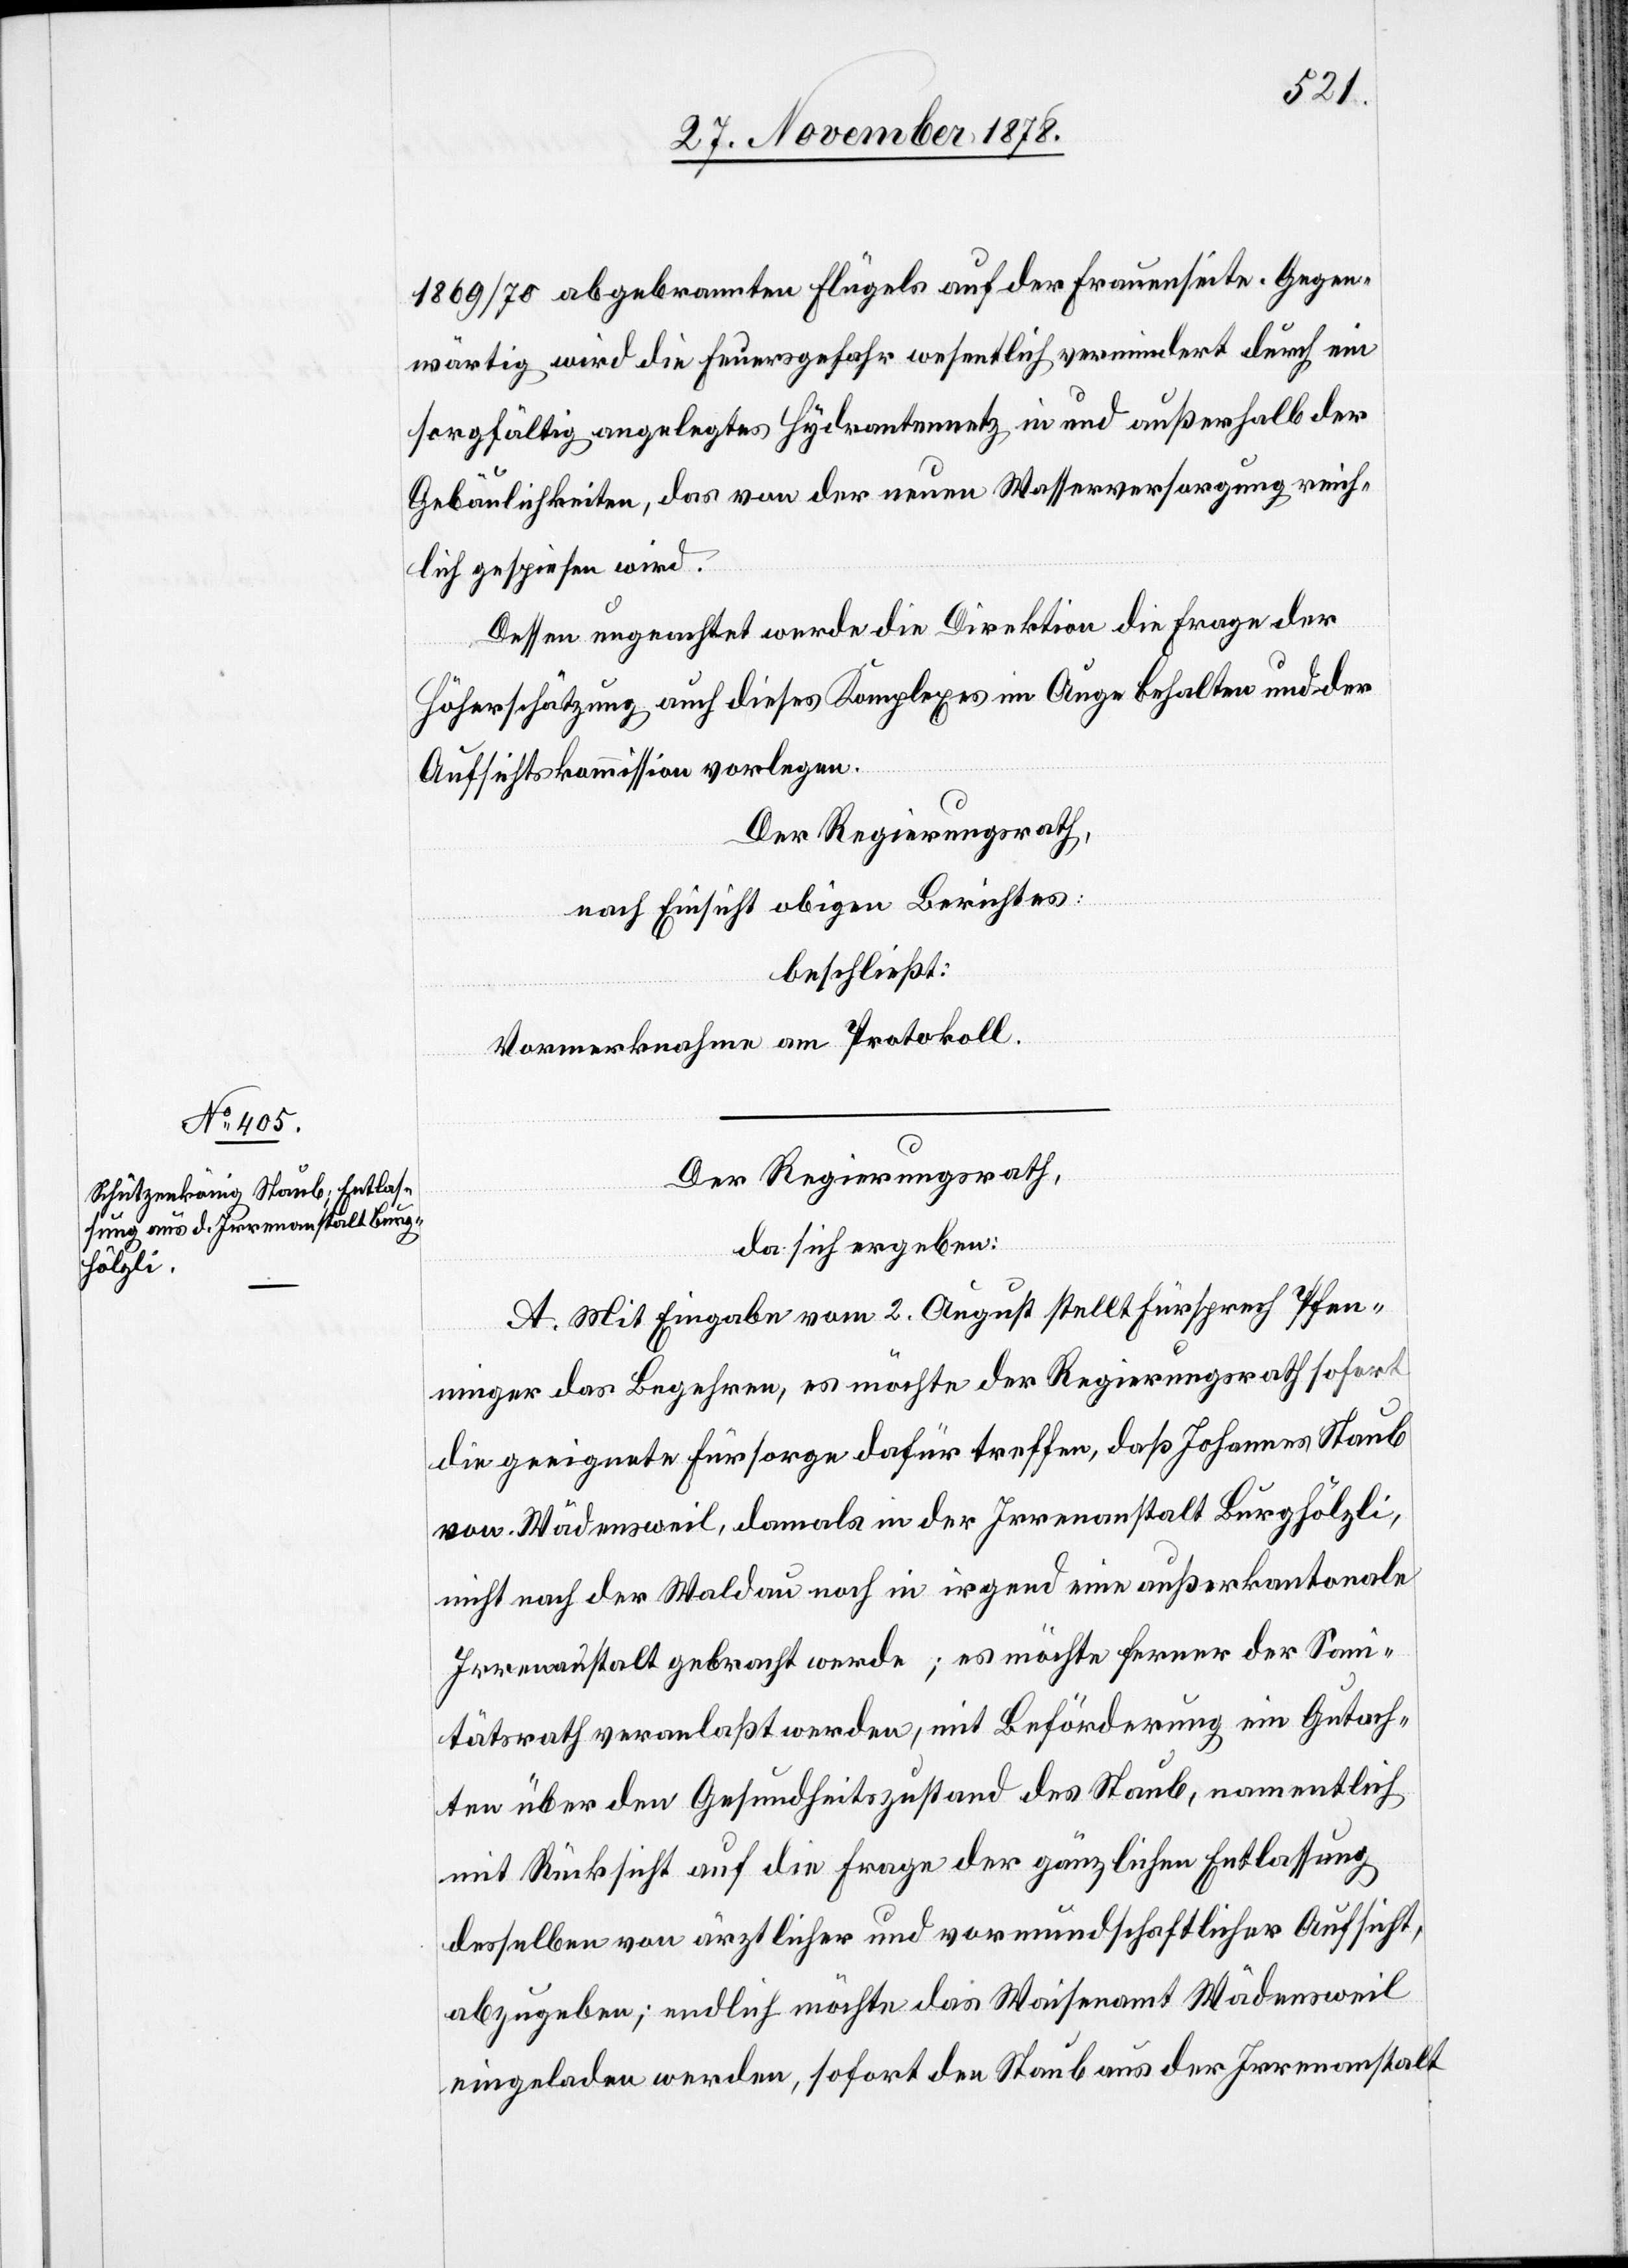
1869/70 abgebrannten Flügels auf der Frauenseite. Gegen¬
wärtig wird die Feuersgefahr wesentlich vermindert durch ein
sorgfältig angelegtes Hydrantennetz in und außerhalb der
Gebäulichkeiten, das von der neuen Wasserversorgung reich¬
lich gespiesen wird.
Dessen ungeachtet werde die Direktion die Frage der
Höherschätzung auch dieses Komplexes im Auge behalten und der
Aufsichtskommission vorlegen.
Der Regierungsrath,
nach Einsicht obigen Berichtes:
beschließt:
Vormerknahme am Protokoll.
Der Regierungsrath,
da sich ergeben:
A. Mit Eingabe vom 2. August stellt Fürsprech Pfen¬
ninger das Begehren, es möchte der Regierungsrath sofort
die geeignete Fürsorge dafür treffen, daß Johannes Staub
von Wädensweil, damals in der Irrenanstalt Burghölzli,
nicht nach der Waldau noch in irgend eine außerkantonale
Irrenanstalt gebracht werde; es möchte ferner der San¬
itätsrath veranlaßt werden, mit Beförderung ein Gutach¬
ten über den Gesundheitszustand des Staub, namentlich
mit Rücksicht auf die Frage der gänzlichen Entlassung
desselben von ärztlicher und vormundschaftlicher Aufsicht,
abzugeben; endlich möchte das Waisenamt Wädensweil
eingeladen werden, sofort den Staub aus der Irrenanstalt